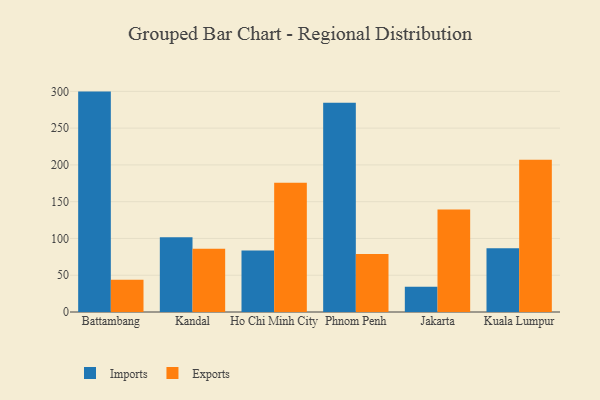
{"axis": {"x": "City", "y": "Churn Rate (%)"}, "legend": ["Exports", "Imports"], "data": [{"x": "Battambang", "y": 299.7, "type": "Imports"}, {"x": "Battambang", "y": 43.7, "type": "Exports"}, {"x": "Kandal", "y": 101.7, "type": "Imports"}, {"x": "Kandal", "y": 86.0, "type": "Exports"}, {"x": "Ho Chi Minh City", "y": 83.5, "type": "Imports"}, {"x": "Ho Chi Minh City", "y": 175.7, "type": "Exports"}, {"x": "Phnom Penh", "y": 284.5, "type": "Imports"}, {"x": "Phnom Penh", "y": 78.9, "type": "Exports"}, {"x": "Jakarta", "y": 34.4, "type": "Imports"}, {"x": "Jakarta", "y": 139.4, "type": "Exports"}, {"x": "Kuala Lumpur", "y": 86.7, "type": "Imports"}, {"x": "Kuala Lumpur", "y": 207.0, "type": "Exports"}]}